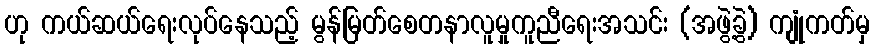
ဟု ကယ်ဆယ်ရေးလုပ်နေသည့် မွန်မြတ်စေတနာလူမှုကူညီရေးအသင်း (အဖွဲ့ခွဲ) ကျုံကတ်မှ